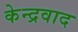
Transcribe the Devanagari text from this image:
केन्द्रवाद